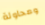
ومحاولة